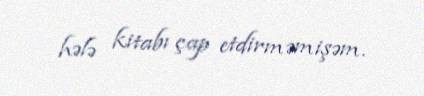
hələ kitabı çap etdirməmişəm.